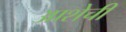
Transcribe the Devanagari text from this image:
आशेची